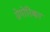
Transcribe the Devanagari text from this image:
ग्रेगोरिका